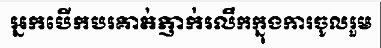
អ្នកបើកបរគាត់ភ្ញាក់រលឹកក្នុងការចូលរួម